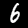
Digit: 6